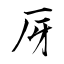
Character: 厊